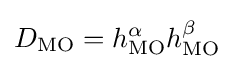
D_{\text{MO}}=h_{\text{MO}}^{\alpha }h_{\text{MO}}^{\beta }